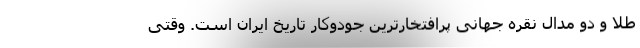
طلا و دو مدال نقره جهانی پرافتخارترین جودوکار تاریخ ایران است. وقتی